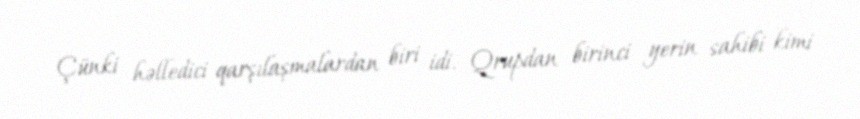
Çünki həlledici qarşılaşmalardan biri idi. Qrupdan birinci yerin sahibi kimi